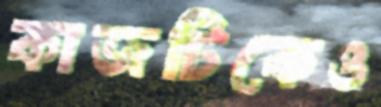
কাজটিকেও